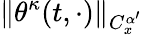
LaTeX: \| \theta^{\kappa}(t,\cdot)\| _{C_{x}^{\alpha^{\prime}}}